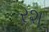
રશ